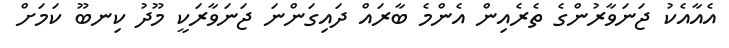
އެއާއެކު ޖަނަވާރުންގެ ތެރެއިން އެންމެ ބާރައް ދައިގަންނަ ޖަނަވާރަކީ މޫދު ކިނބޫ ކަމަށް